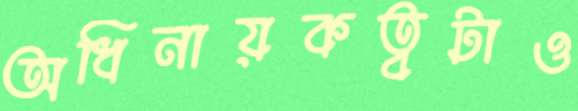
অধিনায়কত্বটাও